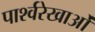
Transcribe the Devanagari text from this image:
पार्श्वरेखाओं